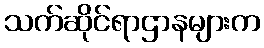
သက်ဆိုင်ရာဌာနများက